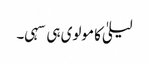
لیلیٰ کا مولوی ہی سہی۔